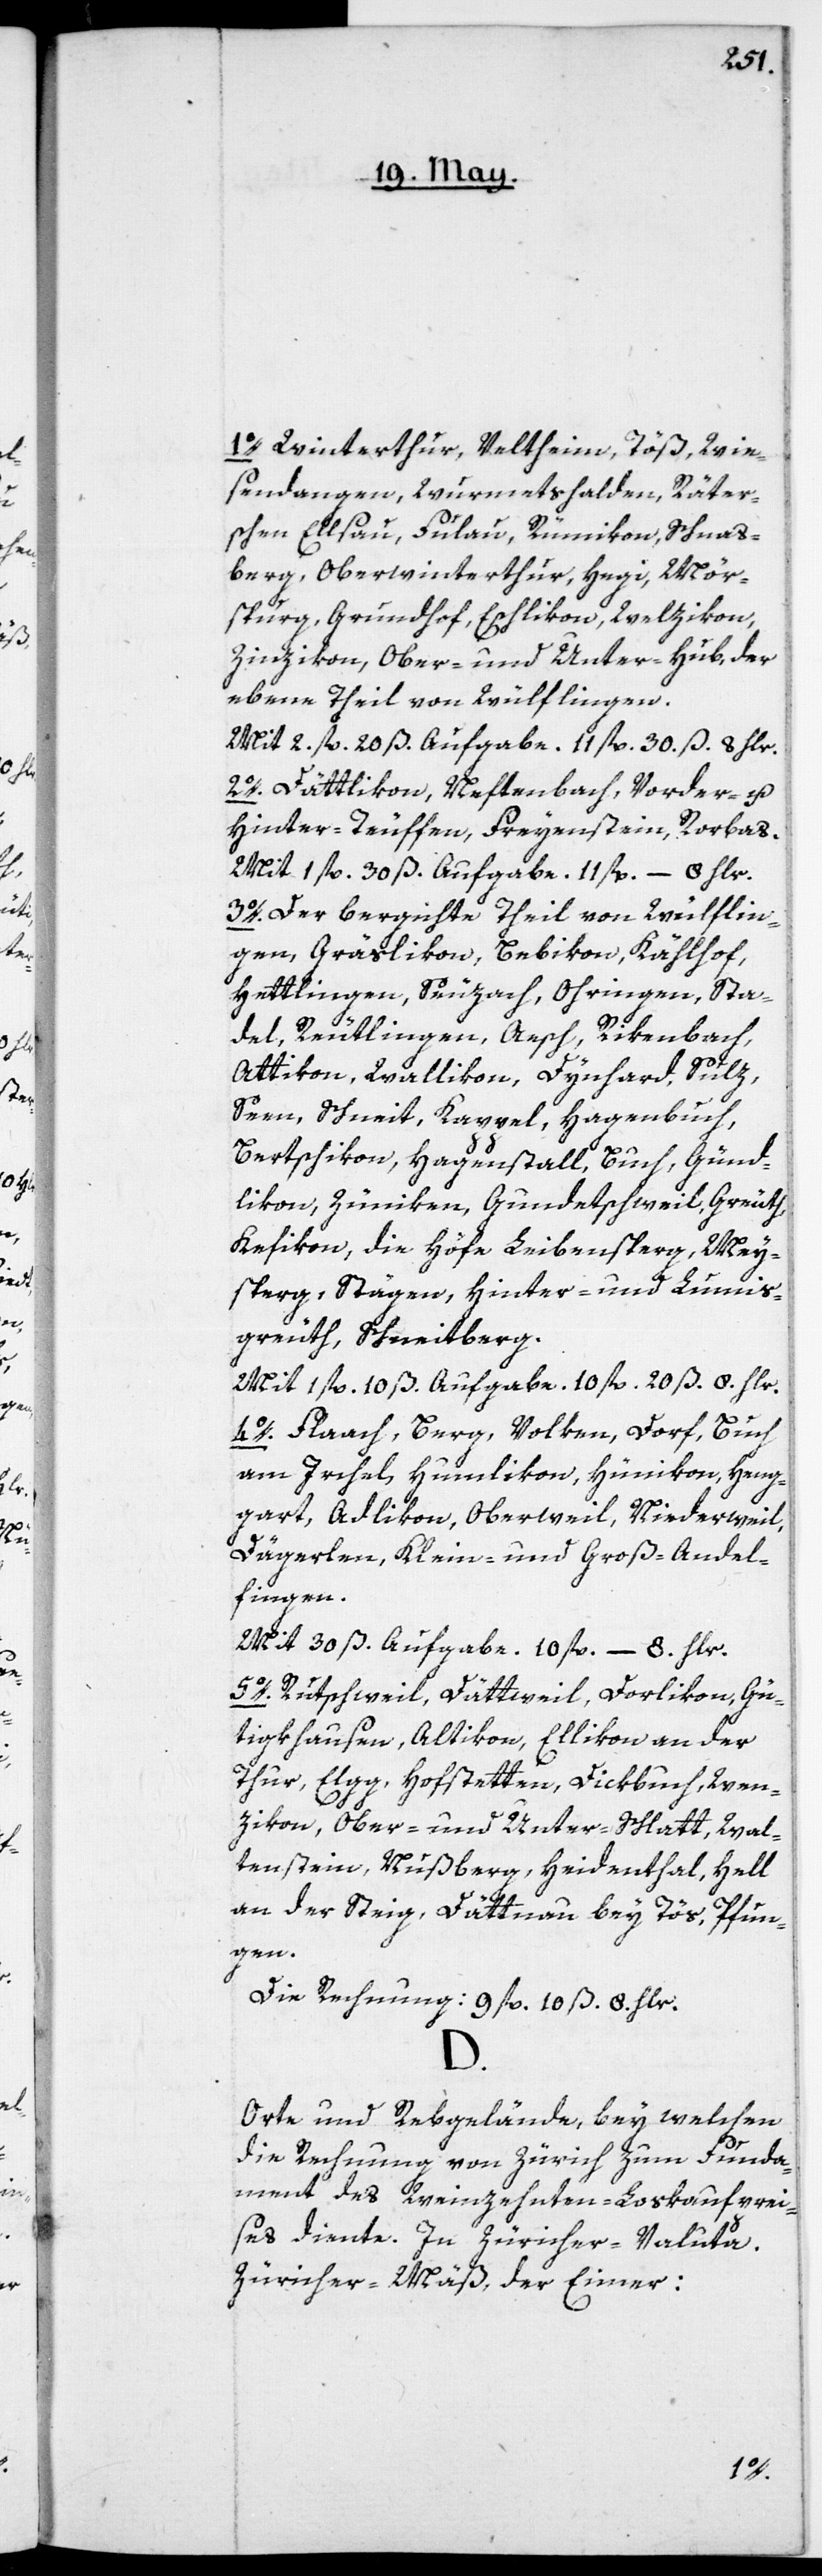
1o. Winterthur, Veltheim, Töß, Wie¬
sendangen, Wurmetshalden, Räter¬
schen Elsau, Fulau, Rümikon, Schnas¬
berg, Oberwinterthur, Hegi, Mör¬
spurg, Grundhof, Eschlikon, Welzikon,
Zinzikon, Ober- und Unter-Hub, der
ebene Theil von Wülflingen.
Mit 2. fl. 20 ß. Aufgabe. 11 fl. 30.ß. 8 Hlr.
2o. Dättlikon, Neftenbach, Vorder- u.
Hinter-Teuffen, Freyenstein, Rorbas.
Mit 1 fl. 30 ß. Aufgabe. 11 fl. 8 Hlr.
3o. Der bergichte Theil von Wülflin¬
gen, Gräslikon, Bebikon, Kählhof,
Hettlingen, Seuzach, Ohringen, Sta¬
del, Reutlingen, Aesch, Rikenbach,
Attikon, Wallikon, Dynhard, Sulz,
Seen, Schneit, Kappel, Hagenbuch,
Bertschikon, Hagenstall, Buch, Günd¬
likon, Zünikon, Gundetschweil, Greuth,
Kefikon, die Höfe Leibensperg, Mey¬
sperg, Stägen, Hinter- und Lumis¬
greuth, Schneitberg.
Mit 1 fl. 10 ß. Aufgabe. 10 fl. 20 ß. 8. Hlr.
4o. Flaach, Berg, Volken, Dorf, Buch
am Irchel, Humlikon, Hünikon, Heng¬
gart, Adlikon, Oberweil, Niederweil,
Dägerlen, Klein- und Groß-Andel¬
fingen.
Mit 30 ß. Aufgabe. 10 fl. 8. Hlr.
5o. Rutschweil, Dättweil, Dorlikon, Gü¬
tigkhausen, Altikon, Ellikon an der
Thur, Elgg, Hofstetten, Dickbuch, Wen¬
zikon, Ober- und Unter-Schlatt, Wal¬
tenstein, Nußberg, Heidenthal, Hell
an der Steig, Dättnau bey Töß, Pfun¬
gen.
Die Rechnung 9 fl. 10 ß 8. Hlr.
D.
Orte und Rebgelände, bey welchen
die Rechnung von Zürich zum Funda¬
ment des Weinzehnten-Loskaufprei¬
ses diente. In Zürcher-Valuta.
Zürcher-Mäß, der Eimer: